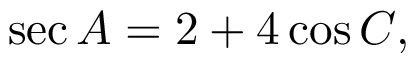
\sec A = 2 + 4 \cos C ,